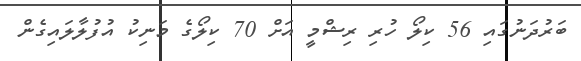
ބަރުދަނުގައި 56 ކިލޯ ހުރި ރިޝްމީ އަށް 70 ކިލޯގެ މަނިކު އުފުލާލައިގެން